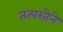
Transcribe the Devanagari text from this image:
तत्‍परतेने